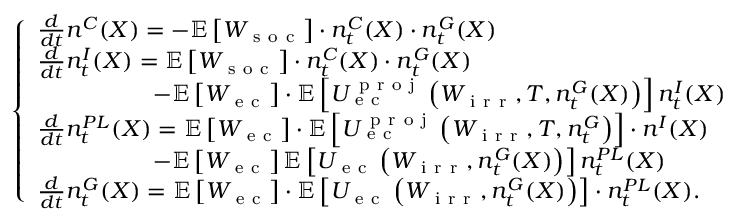
\left\{ \begin{array} { l l } { \frac { d } { d t } n ^ { C } ( X ) = - \mathbb { E } \left[ W _ { \mathrm { ~ s ~ o ~ c ~ } } \right] \cdot n _ { t } ^ { C } ( X ) \cdot n _ { t } ^ { G } ( X ) } \\ { \frac { d } { d t } n _ { t } ^ { I } ( X ) = \mathbb { E } \left[ W _ { \mathrm { ~ s ~ o ~ c ~ } } \right] \cdot n _ { t } ^ { C } ( X ) \cdot n _ { t } ^ { G } ( X ) } \\ { \quad \quad \quad \quad \quad - \mathbb { E } \left[ W _ { \mathrm { ~ e ~ c ~ } } \right] \cdot \mathbb { E } \left[ U _ { \mathrm { ~ e ~ c ~ } } ^ { \mathrm { ~ p ~ r ~ o ~ j ~ } } \left( W _ { \mathrm { ~ i ~ r ~ r ~ } } , T , n _ { t } ^ { G } ( X ) \right) \right] n _ { t } ^ { I } ( X ) } \\ { \frac { d } { d t } n _ { t } ^ { P L } ( X ) = \mathbb { E } \left[ W _ { \mathrm { ~ e ~ c ~ } } \right] \cdot \mathbb { E } \left[ U _ { \mathrm { ~ e ~ c ~ } } ^ { \mathrm { ~ p ~ r ~ o ~ j ~ } } \left( W _ { \mathrm { ~ i ~ r ~ r ~ } } , T , n _ { t } ^ { G } \right) \right] \cdot n ^ { I } ( X ) } \\ { \quad \quad \quad \quad \quad - \mathbb { E } \left[ W _ { \mathrm { ~ e ~ c ~ } } \right] \mathbb { E } \left[ U _ { \mathrm { ~ e ~ c ~ } } \left( W _ { \mathrm { ~ i ~ r ~ r ~ } } , n _ { t } ^ { G } ( X ) \right) \right] n _ { t } ^ { P L } ( X ) } \\ { \frac { d } { d t } n _ { t } ^ { G } ( X ) = \mathbb { E } \left[ W _ { \mathrm { ~ e ~ c ~ } } \right] \cdot \mathbb { E } \left[ U _ { \mathrm { ~ e ~ c ~ } } \left( W _ { \mathrm { ~ i ~ r ~ r ~ } } , n _ { t } ^ { G } ( X ) \right) \right] \cdot n _ { t } ^ { P L } ( X ) . } \end{array} \right.